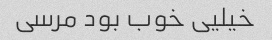
خیلیی خوب بود مرسی